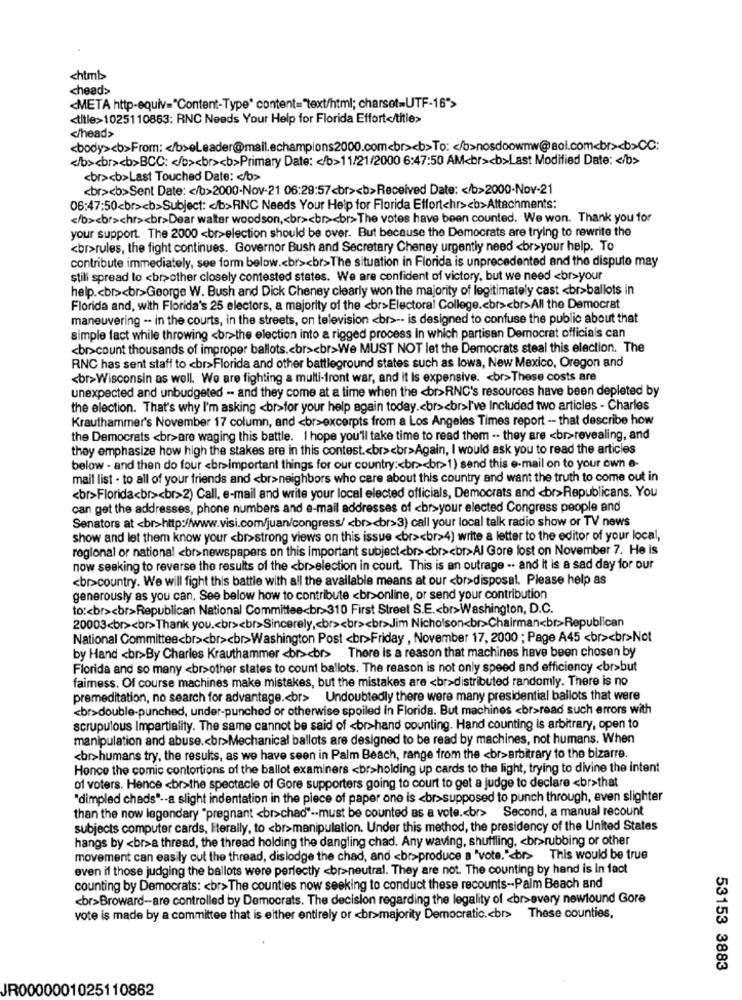
chtmb
<head>
<META http-equiv="Content-Type" content="text/html; charset=UTF-16">
<title>1025110853: RNC Needs Your Help for Florida Effort</title>
</head>
<body><b>From: < /b>oLeader@mail.echampions2000.com<br><b>To :< b>nosdowmw@aol.com<br><>CC:
</b><br><b>BCC: < /b><br><b>Primary Date: < /b>11/21/2000 6:47:50 AM<br><b>Last Modified Date: < /b>
<br><b>Last Touched Date: < /b>
<br><b>Sent Date: < /b>2000-Nov-21 06:29:57<br><b>Received Date: < /b>2000-Nov-21
06:47:50<br><b>Subject: < /b>RNC Needs Your Help for Florida Effortchr><b>Attachments:
</b><br>chr><br>Dear walter woodson ,< br><br><br>The votes have been counted. We won. Thank you for
your support. The 2000 <br>election should be over. But because the Democrats are trying to rewrite the
<br>rules, the fight continues. Governor Bush and Secretary Cheney urgently need <br>your help. To
contribute immediately, see form below .< br><br>The situation in Florida is unprecedented and the dispute may
still spread to <br>other closely contested states. We are confident of victory, but we need <br>your
help .< br><br>George W. Bush and Dick Cheney clearly won the majority of legitimately cast <br>ballots in
Florida and, with Florida's 25 electors, a majority of the <br>Electoral College .< br><br>All the Democrat
maneuvering -- in the courts, in the streets, on television <br> -- is designed to confuse the public about that
simple fact while throwing <br>the election into a rigged process In which partisan Democrat officials can
<br>count thousands of improper ballots .< br><br>We MUST NOT let the Democrats steal this election. The
RNC has sent staff to <br>Florida and other battleground states such as lowa, New Mexico, Oregon and
<br>Wisconsin as well. We are fighting a multi-front war, and it Is expensive. < br>These costs are
unexpected and unbudgeted -- and they come at a time when the <br>RNC's resources have been depleted by
the election. That's why I'm asking <br>for your help again today .< br><br>I've Included two articles - Charles
Krauthammer's November 17 column, and <br>excerpts from a Los Angeles Times report -- that describe how
the Democrats <br>are waging this battle. I hope you'll take time to read them -- they are <br>revealing, and
they emphasize how high the stakes are in this contest .< br><br>Again, I would ask you to read the articles
below - and then do four <br>important things for our country :< br><br>1) send this e-mail on to your own e-
mail list - to all of your friends and <br>neighbors who care about this country and want the truth to come out in
<br>Florida<br><br>2) Call, e-mail and write your local elected officials, Democrats and <br>Republicans. You
can get the addresses, phone numbers and e-mail addresses of <br>your elected Congress people and
Senators at <br>http://www.visi.com/juan/congress/ <br><br>3) call your local talk radio show or TV news
show and let them know your <br>strong views on this issue <br><br>4) write a letter to the editor of your local,
regional or national <br>newspapers on this important subject<br><br><br>Al Gore lost on November 7. He is
now seeking to reverse the results of the <br>election in court. This is an outrage .. and It is a sad day for our
<br>country. We will fight this battle with all the available means at our <br>disposal. Please help as
generously as you can. See below how to contribute <br>online, or send your contribution
to :< br><br>Republican National Committee<br> 310 First Street S.E .< br>Washington, D.C.
20003<br><br>Thank you .< br><br>Sincerely ,< br><br><br>Jim Nicholson<br>Chairman<br>Republican
National Committee<br><br><br>Washington Post <br>Friday , November 17, 2000 ; Page A45 <br><br>Not
by Hand <br>By Charles Krauthammer <br><br> There is a reason that machines have been chosen by
Florida and so many <br>other states to count ballots. The reason is not only speed and efficiency <br>but
faimess. Of course machines make mistakes, but the mistakes are <br>distributed randomly. There is no
premeditation, no search for advantage .< br> Undoubtedly there were many presidential ballots that were
<br>double-punched, under-punched or otherwise spoiled in Florida. But machines <br>read such errors with
scrupulous Impartiality. The same cannot be said of <br>hand counting. Hand counting is arbitrary, open to
manipulation and abuse .< br>Mechanical ballots are designed to be read by machines, not humans. When
<br>humans try, the results, as we have seen in Palm Beach, range from the <br>arbitrary to the bizarre.
Honce the comic contortions of the ballot examiners <br>holding up cards to the light, trying to divine the intent
of voters. Hence <br>the spectacle of Gore supporters going to court to get a judge to declare <br>that
"dimpled chads" -- a slight indentation in the piece of paper one is <br>supposed to punch through, even slighter
than the now legendary "pregnant <br>chad" -- must be counted as a vote .< br> Second, a manual recount
subjects computer cards, literally, to <br>manipulation. Under this method, the presidency of the United States
hangs by <br>a thread, the thread holding the dangling chad. Any waving, shuffling, < br>rubbing or other
movement can easily cut the thread, dislodge the chad, and <br>produce a "vote."<br> This would be true
even if those judging the ballots were perfectly <br>neutral. They are not. The counting by hand is in fact
counting by Democrats: < br>The counties now seeking to conduct these recounts -- Palm Beach and
<br>Broward -- are controlled by Democrats. The decision regarding the legality of <br>every nowlound Gore
vote is made by a committee that is either entirely or <br>majority Democratic .< br> These counties,
53153 3883
JR0000001025110862